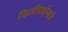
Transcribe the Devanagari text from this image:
फिलीपाईन्सचे